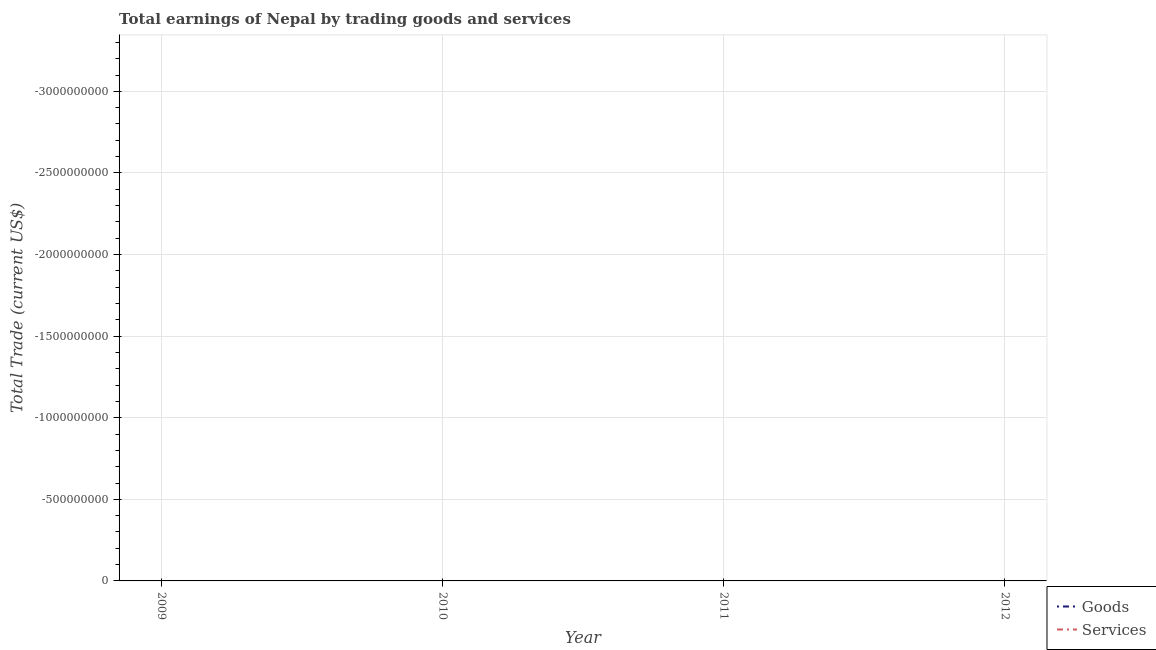
| Year | Goods | Services |
 | --- | --- | --- |
 | 2009 | -3.42e+09 | -3.56e+09 |
 | 2010 | -4.11e+09 | -4.31e+09 |
 | 2011 | -4.67e+09 | -4.58e+09 |
 | 2012 | -4.95e+09 | -4.92e+09 |